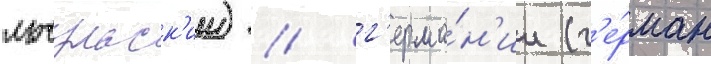
мочульск'ии) / г'ерма́н'ии (г'е́рман